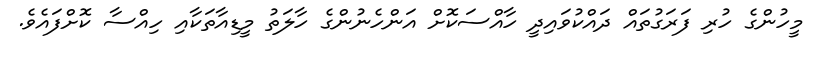
މީހުންގެ ހުރި ފަރަގުތައް ދައްކުވައިދީ ހާއްސަކޮށް އަންހެނުންގެ ހާލަތު މީޑިއާތަކާއި ހިއްސާ ކޮށްފައެވެ.